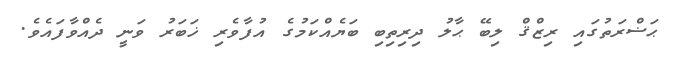
ޙަޟްރަތުގައި ރިޒްޤް ލިބޭ ޙާލު ދިރިތިބި ބަޔެއްކަމުގެ އުފާވެރި ޚަބަރު ވަނީ ދެއްވާފައެވެ.